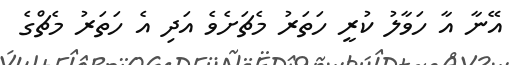
އޭނާ އާ ހަވާލު ކުރީ ހަތަރު މެޗަށެވެ އަދި އެ ހަތަރު މެޗްގެ